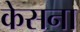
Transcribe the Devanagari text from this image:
केसना